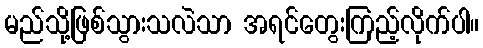
မည်သို့ဖြစ်သွားသလဲသာ အရင်တွေးကြည့်လိုက်ပါ။